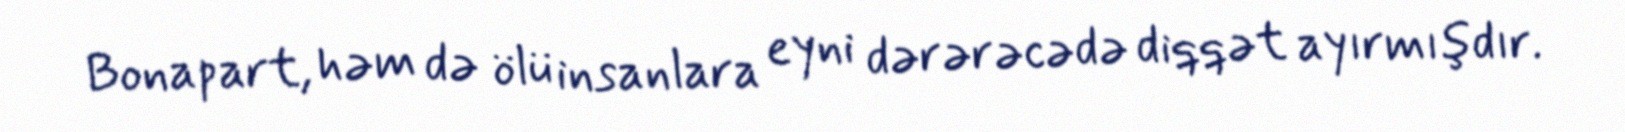
Bonapart, həm də ölü insanlara eyni dərərəcədə diqqət ayırmışdır.